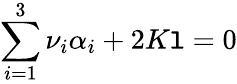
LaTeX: \sum_{i=1}^{3}\nu_{i}\alpha_{i}+2K\mathtt{l}=0